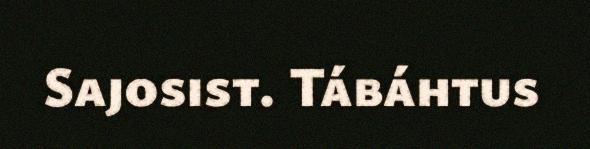
Sajosist. Tábáhtus